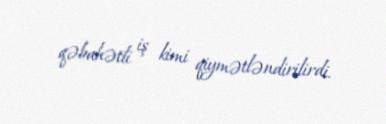
qəbahətli iş kimi qiymətləndirilirdi.